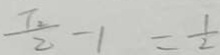
\frac { T _ { 2 } } { 2 } - 1 = \frac { 1 } { 2 }